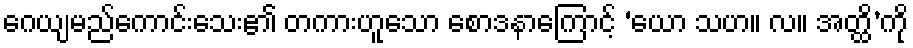
ဂေယျမည်ကောင်းသေး၏ တကားဟူသော စောဒနာကြောင့် ‘ယော သဟ။ လ။ အတ္ထိ’ကို